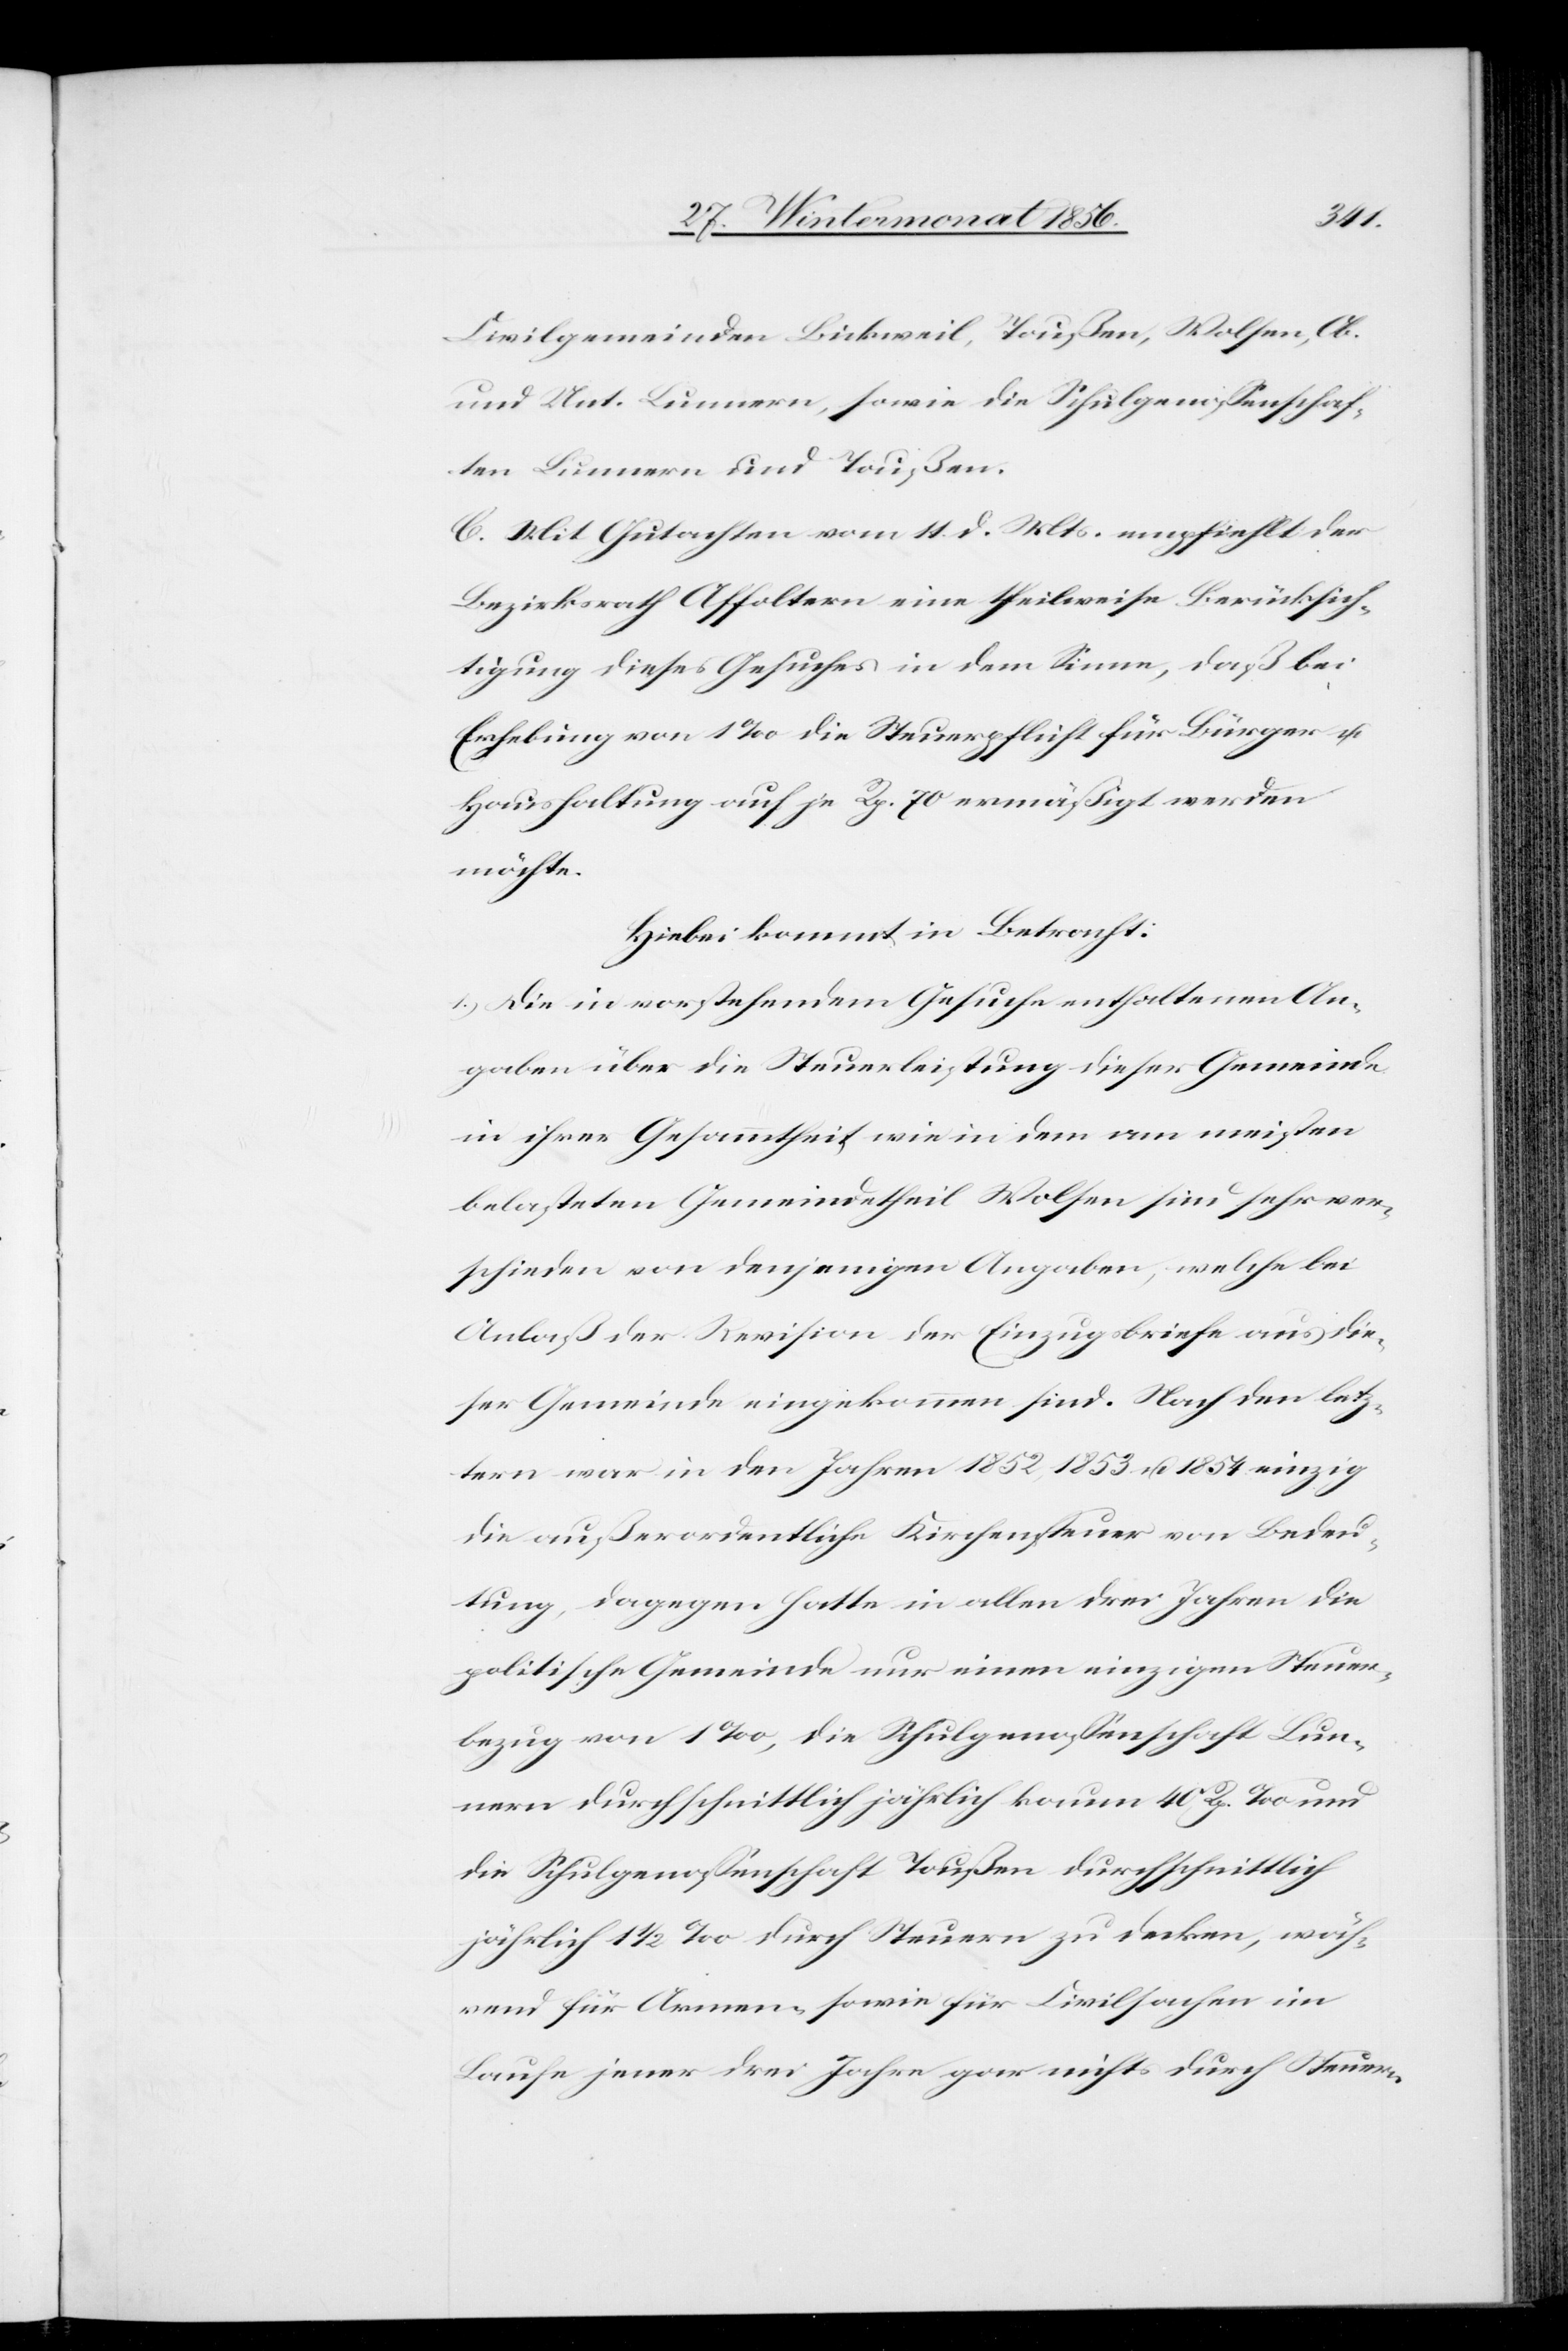
Civilgemeinden Bickweil, Toußen, Wolfen, Ob.
und Unt. Lunnern, sowie die Schulgenossenschaf¬
ten Lunnern und Toußen.
C. Mit Gutachten vom 11. d. Mts. empfiehlt der
Bezirksrath Affoltern eine theilweise Berücksich¬
tigung dieses Gesuches in dem Sinne, daß bei
Erhebung von 1‰ die Steuerpflicht für Bürger u.
Haushaltung auf je Rp. 70 ermäßigt werden
möchte.
Hiebei kommt in Betracht:
1.) Die in vorstehendem Gesuche enthaltenen An¬
gaben über die Steuerleistung dieser Gemeinde
in ihrer Gesammtheit wie in dem am meisten
belasteten Gemeindetheil Wolfen sind sehr ver¬
schieden von denjenigen Angaben, welche bei
Anlaß der Revision der Einzugsbriefe aus die¬
ser Gemeinde eingekommen sind. Nach den letz¬
tern war in den Jahren 1852, 1853 u. 1854 einzig
die außerordentliche Kirchensteuer von Bedeu¬
tung, dagegen hatte in allen drei Jahren die
politische Gemeinde nur einen einzigen Steuer¬
bezug von 1‰, die Schulgenossenschaft Lun¬
nern durchschnittlich jährlich kaum 40 Rp. ‰ und
die Schulgenossenschaft Toußen durchschnittlich
jährlich 1 ½ ‰ durch Steuern zu decken, wäh¬
rend für Armen- sowie für Civilsachen im
Laufe jener drei Jahre gar nichts durch Steuern